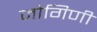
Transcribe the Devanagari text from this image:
जोगिणी